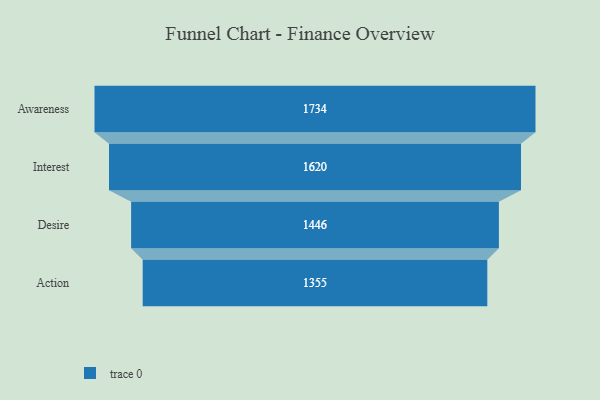
{"axis": {"x": "Stage", "y": "Value"}, "legend": [""], "data": [{"x": "Awareness", "y": 1734.0, "type": ""}, {"x": "Interest", "y": 1620.0, "type": ""}, {"x": "Desire", "y": 1446.0, "type": ""}, {"x": "Action", "y": 1355.0, "type": ""}]}